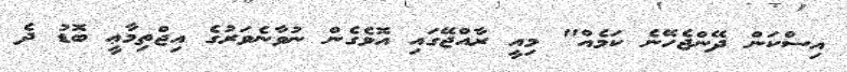
އިސްކަން ދޭންޖެހޭނެ ކަމެއް" މިއީ ރާއްޖޭގައި އޮވެގެން ނުވާނެވަރުގެ އިޖްތިމާޢީ ބޮޑު ދެ